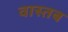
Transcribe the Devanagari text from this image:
वास्तब